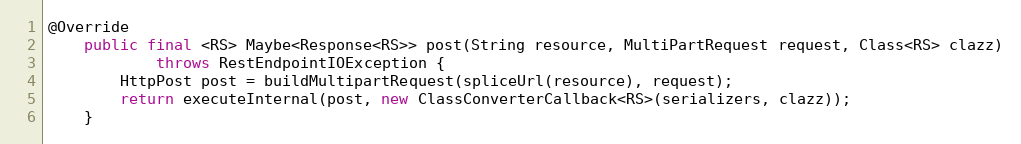
Language: Java
@Override
    public final <RS> Maybe<Response<RS>> post(String resource, MultiPartRequest request, Class<RS> clazz)
            throws RestEndpointIOException {
        HttpPost post = buildMultipartRequest(spliceUrl(resource), request);
        return executeInternal(post, new ClassConverterCallback<RS>(serializers, clazz));
    }